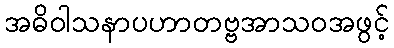
အဓိဝါသနာပဟာတဗ္ဗအာသဝအဖွင့်